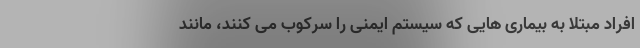
افراد مبتلا به بیماری هایی که سیستم ایمنی را سرکوب می کنند، مانند